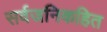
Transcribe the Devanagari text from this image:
सर्वजनिकहित